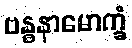
ဗန္ဓနာမောက္ခံ